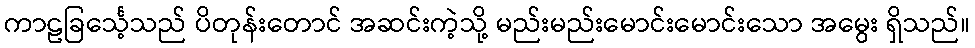
ကာဠခြင်္သေ့သည် ပိတုန်းတောင် အဆင်းကဲ့သို့ မည်းမည်းမောင်းမောင်းသော အမွေး ရှိသည်။